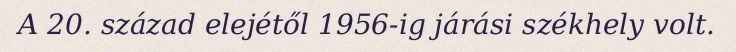
A 20. század elejétől 1956-ig járási székhely volt.